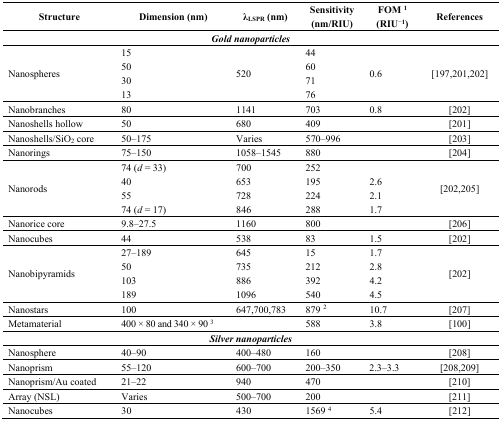
<table><thead><tr><td><b>Structure</b></td><td><b>Dimension (nm)</b></td><td><b>λ<sub>LSPR</sub> (nm)</b></td><td><b>Sensitivity (nm/RIU)</b></td><td><b>FOM <sup>1</sup> (RIU<sup>−1</sup>)</b></td><td><b>References</b></td></tr></thead><tbody><tr><td colspan="6"><b><i>Gold nanoparticles</i></b></td></tr><tr><td rowspan="4">Nanospheres</td><td>15</td><td rowspan="4">520</td><td>44</td><td rowspan="4">0.6</td><td rowspan="4">[197,201,202]</td></tr><tr><td>50</td><td>60</td></tr><tr><td>30</td><td>71</td></tr><tr><td>13</td><td>76</td></tr><tr><td>Nanobranches</td><td>80</td><td>1141</td><td>703</td><td>0.8</td><td>[202]</td></tr><tr><td>Nanoshells hollow</td><td>50</td><td>680</td><td>409</td><td></td><td>[201]</td></tr><tr><td>Nanoshells/SiO<sub>2</sub> core</td><td>50–175</td><td>Varies</td><td>570–996</td><td></td><td>[203]</td></tr><tr><td>Nanorings</td><td>75–150</td><td>1058–1545</td><td>880</td><td></td><td>[204]</td></tr><tr><td rowspan="4">Nanorods</td><td>74 (<i>d</i> = 33)</td><td>700</td><td>252</td><td></td><td rowspan="4">[202,205]</td></tr><tr><td>40</td><td>653</td><td>195</td><td>2.6</td></tr><tr><td>55</td><td>728</td><td>224</td><td>2.1</td></tr><tr><td>74 (<i>d</i> = 17)</td><td>846</td><td>288</td><td>1.7</td></tr><tr><td>Nanorice core</td><td>9.8–27.5</td><td>1160</td><td>800</td><td></td><td>[206]</td></tr><tr><td>Nanocubes</td><td>44</td><td>538</td><td>83</td><td>1.5</td><td>[202]</td></tr><tr><td rowspan="4">Nanobipyramids</td><td>27–189</td><td>645</td><td>15</td><td>1.7</td><td rowspan="4">[202]</td></tr><tr><td>50</td><td>735</td><td>212</td><td>2.8</td></tr><tr><td>103</td><td>886</td><td>392</td><td>4.2</td></tr><tr><td>189</td><td>1096</td><td>540</td><td>4.5</td></tr><tr><td>Nanostars</td><td>100</td><td>647,700,783</td><td>879 <sup>2</sup></td><td>10.7</td><td>[207]</td></tr><tr><td>Metamaterial</td><td>400 × 80 and 340 × 90 <sup>3</sup></td><td></td><td>588</td><td>3.8</td><td>[100]</td></tr><tr><td colspan="6"><b><i>Silver nanoparticles</i></b></td></tr><tr><td>Nanosphere</td><td>40–90</td><td>400–480</td><td>160</td><td></td><td>[208]</td></tr><tr><td>Nanoprism</td><td>55–120</td><td>600–700</td><td>200–350</td><td>2.3–3.3</td><td>[208,209]</td></tr><tr><td>Nanoprism/Au coated</td><td>21–22</td><td>940</td><td>470</td><td></td><td>[210]</td></tr><tr><td>Array (NSL)</td><td>Varies</td><td>500–700</td><td>200</td><td></td><td>[211]</td></tr><tr><td>Nanocubes</td><td>30</td><td>430</td><td>1569 <sup>4</sup></td><td>5.4</td><td>[212]</td></tr></tbody></table>